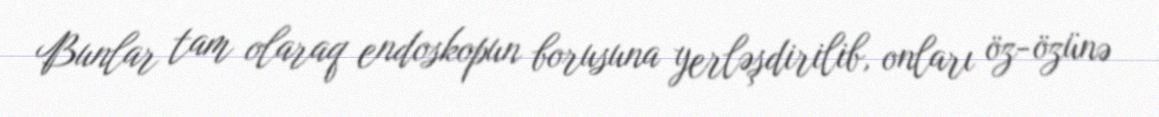
Bunlar tam olaraq endoskopun borusuna yerləşdirilib, onları öz-özünə